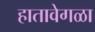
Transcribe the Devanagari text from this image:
हातावेगळा